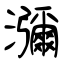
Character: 瀰